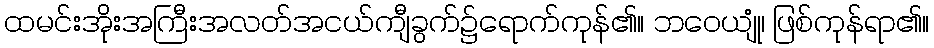
ထမင်းအိုးအကြီးအလတ်အငယ်ကျီခွက်၌ရောက်ကုန်၏။ ဘဝေယျုံ၊ ဖြစ်ကုန်ရာ၏။